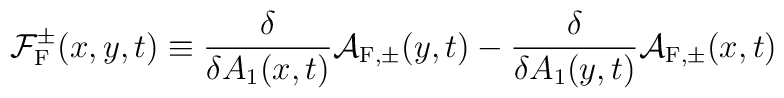
{\cal F}_{\rm F}^{\pm}(x,y,t) \equiv \frac{\delta}{\delta A_1(x,t)}{\cal A}_{{\rm F},\pm}(y,t) - \frac{\delta}{\delta A_1(y,t)}{\cal A}_{{\rm F},\pm}(x,t)